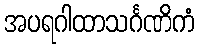
အပရဂါထာသင်္ဂဏိကံ